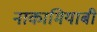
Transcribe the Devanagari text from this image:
नाकामियाबी